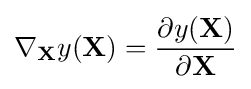
\nabla _{\mathbf {X} }y(\mathbf {X} )={\frac {\partial y(\mathbf {X} )}{\partial \mathbf {X} }}